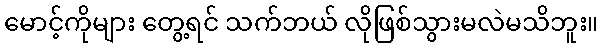
မောင့်ကိုများ တွေ့ရင် သက်ဘယ် လိုဖြစ်သွားမလဲမသိဘူး။